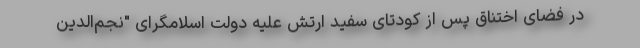
در فضای اختناق پس از کودتای سفید ارتش علیه دولت اسلامگرای "نجم‌الدین